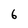
Character: 6